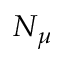
N _ { \mu }